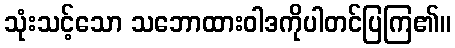
သုံးသင့်သော သဘောထားဝါဒကိုပါတင်ပြကြ၏။